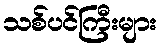
သစ်ပင်ကြီးများ